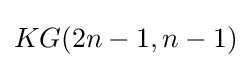
KG(2n-1,n-1)